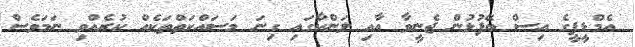
އެމްޑީޕީގެ އިސް ބޭފުޅުން ޖެނީވާ އާއި ލަންކާގައި ގިނަ މަސައްކަތްތަކެއް ކުރެއްވި ނަމަވެސް